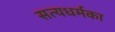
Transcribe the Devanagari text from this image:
सत्यधर्मका